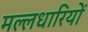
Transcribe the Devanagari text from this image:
मल्लधारियों